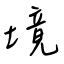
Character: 境